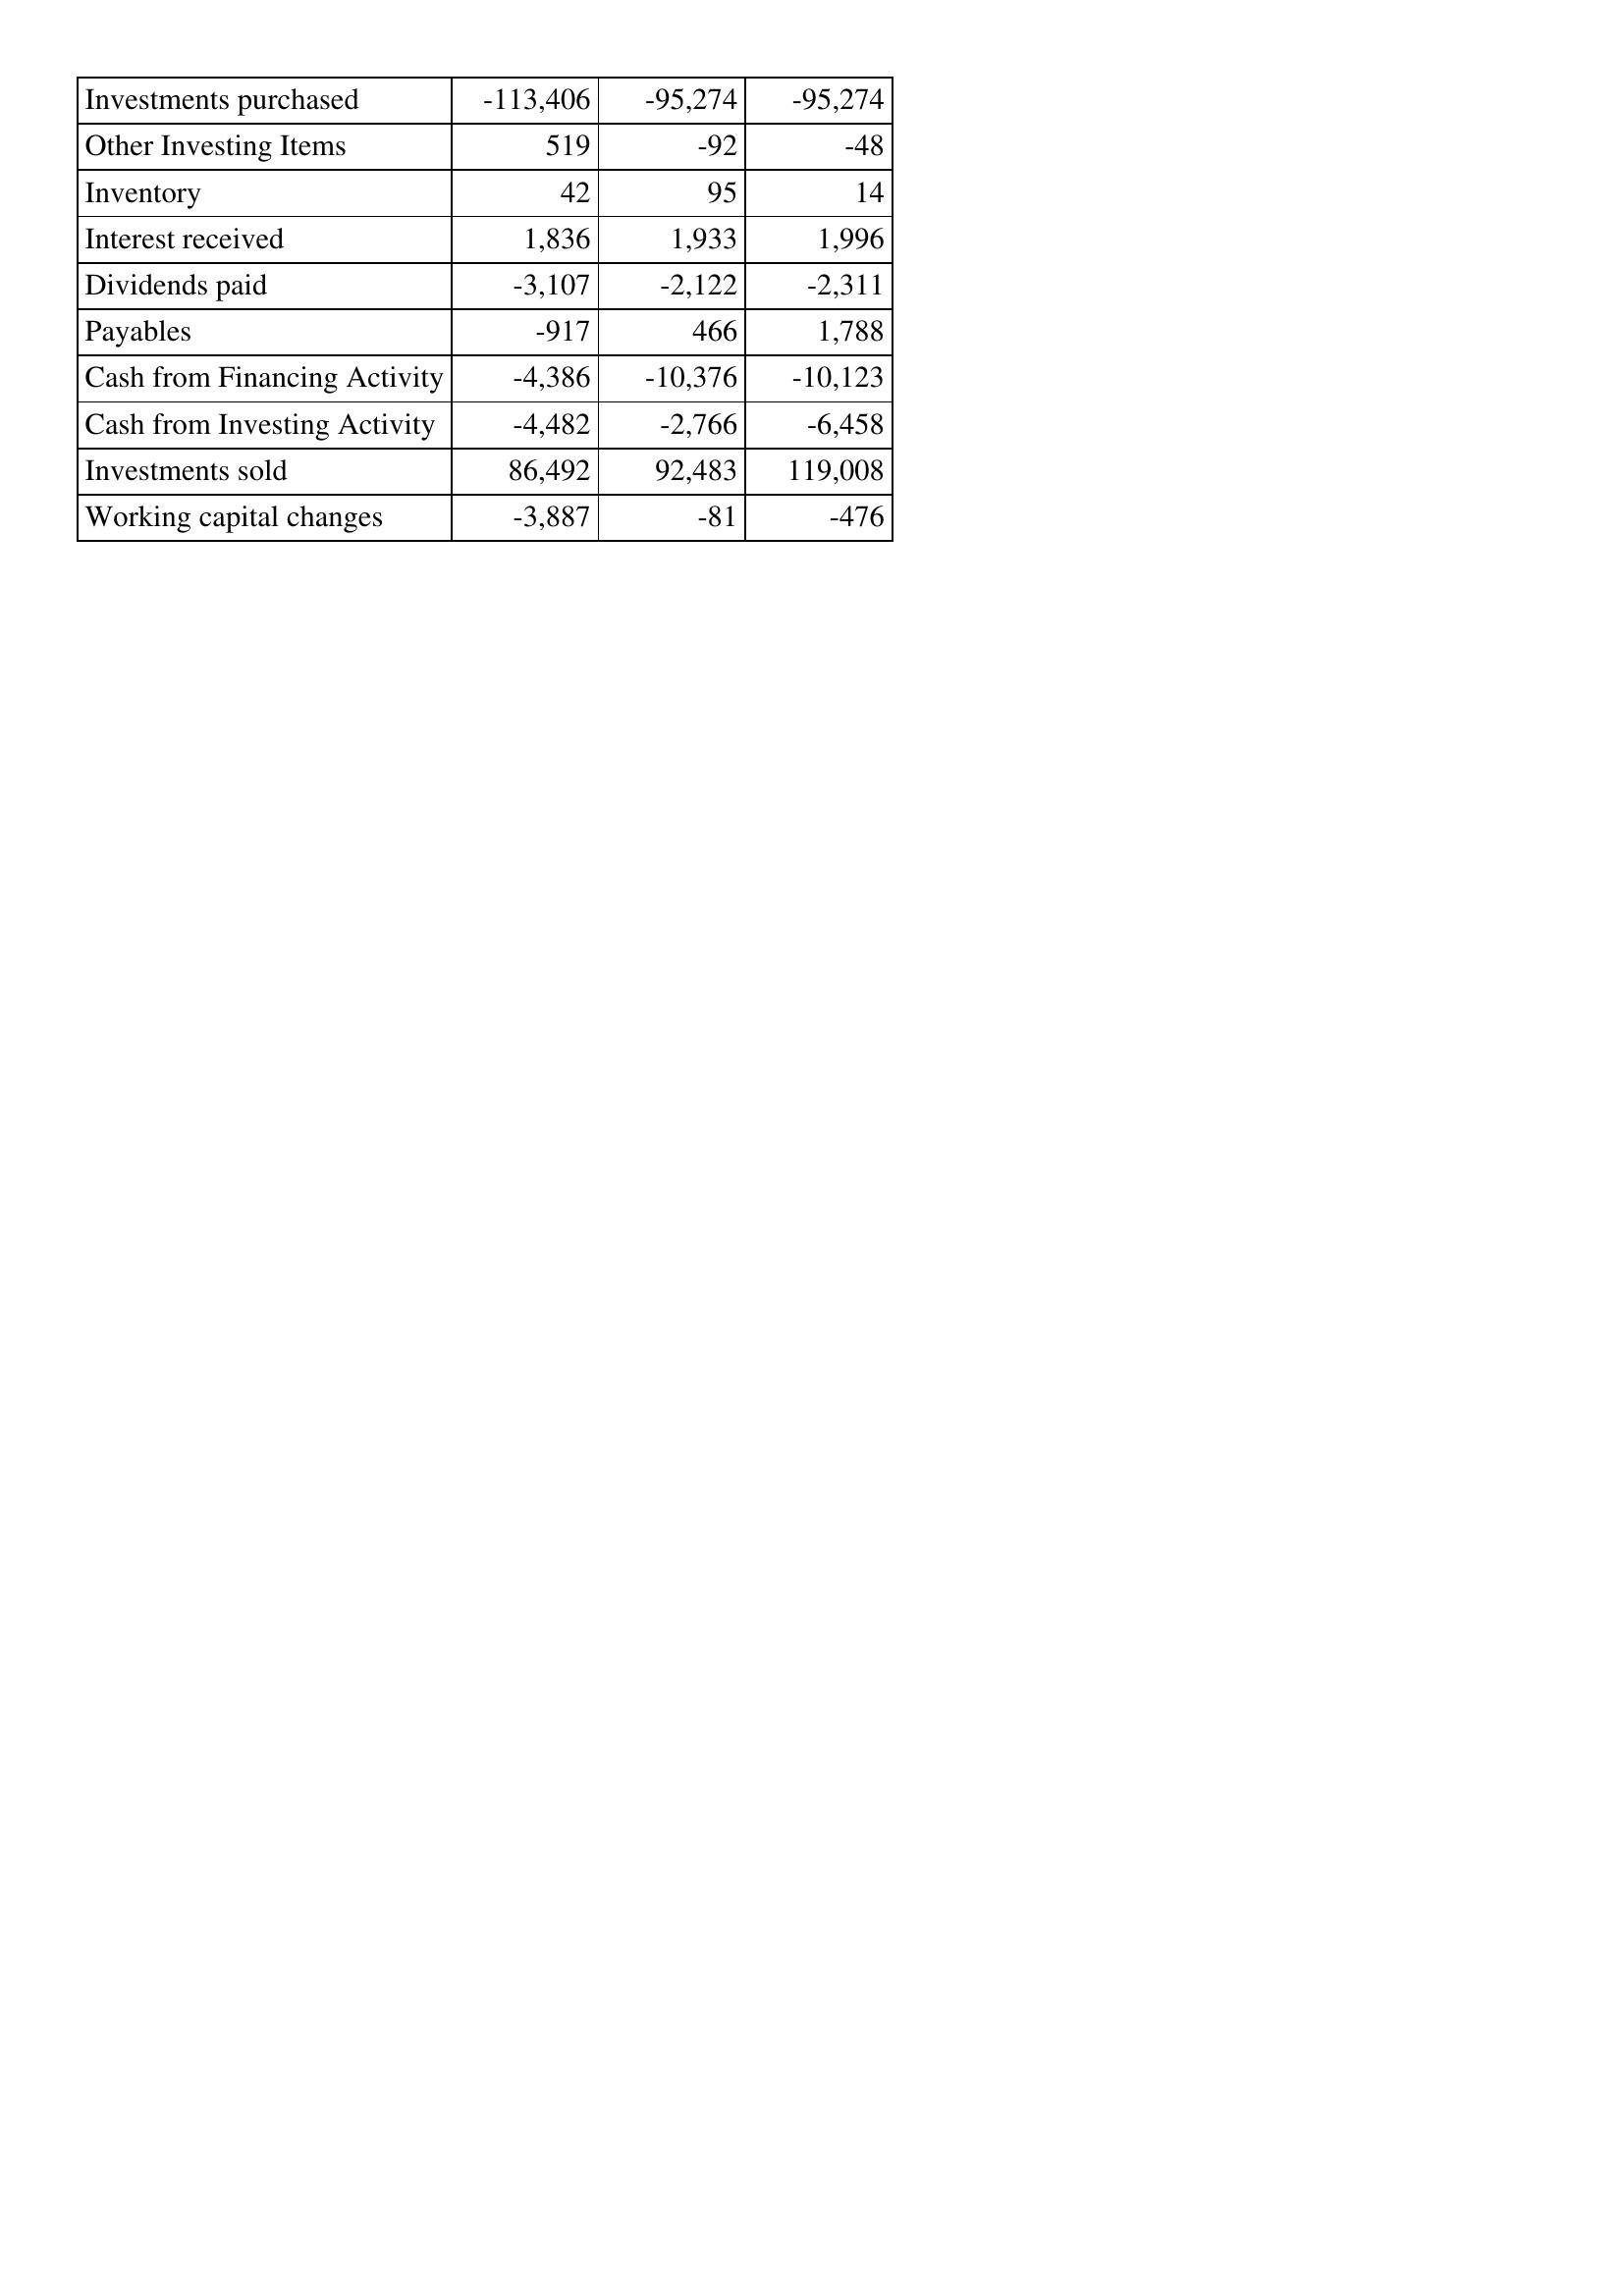
Mar-14: Cash Flows: Investments purchased: -113,406
Other Investing Items: 519
Inventory: 42
Interest received: 1,836
Dividends paid: -3,107
Payables: -917
Cash from Financing Activity: -4,386
Cash from Investing Activity: -4,482
Investments sold: 86,492
Working capital changes: -3,887
Mar-15: Cash Flows: Investments purchased: -95,274
Other Investing Items: -92
Inventory: 95
Interest received: 1,933
Dividends paid: -2,122
Payables: 466
Cash from Financing Activity: -10,376
Cash from Investing Activity: -2,766
Investments sold: 92,483
Working capital changes: -81
Mar-16: Cash Flows: Investments purchased: -95,274
Other Investing Items: -48
Inventory: 14
Interest received: 1,996
Dividends paid: -2,311
Payables: 1,788
Cash from Financing Activity: -10,123
Cash from Investing Activity: -6,458
Investments sold: 119,008
Working capital changes: -476